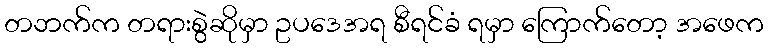
တဘက်က တရားစွဲဆိုမှာ ဥပဒေအရ စီရင်ခံ ရမှာ ကြောက်တော့ အဖေက